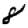
Digit: 8